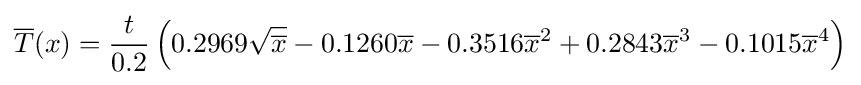
{\overline {T}}(x)={\frac {t}{0.2}}\left(0.2969{\sqrt {\overline {x}}}-0.1260{\overline {x}}-0.3516{\overline {x}}^{2}+0.2843{\overline {x}}^{3}-0.1015{\overline {x}}^{4}\right)